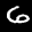
Label: 6